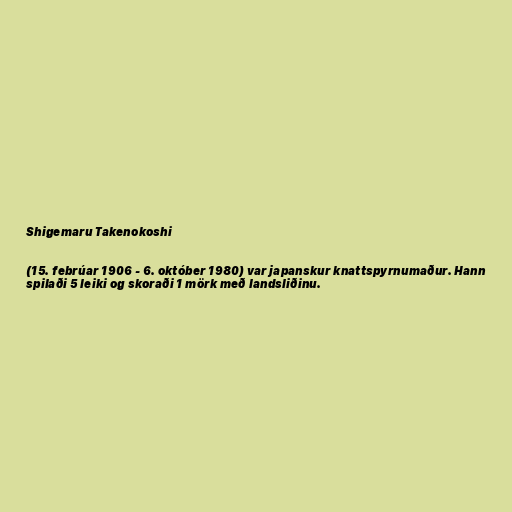
Shigemaru Takenokoshi

(15. febrúar 1906 - 6. október 1980) var japanskur knattspyrnumaður. Hann
spilaði 5 leiki og skoraði 1 mörk með landsliðinu.